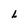
Character: L